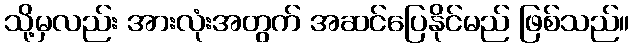
သို့မှလည်း အားလုံးအတွက် အဆင်ပြေနိုင်မည် ဖြစ်သည်။